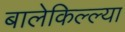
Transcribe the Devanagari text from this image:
बालेकिल्ल्या